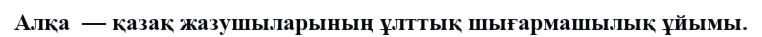
Алқа  — қазақ жазушыларының ұлттық шығармашылық ұйымы.